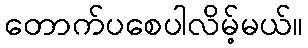
တောက်ပစေပါလိမ့်မယ်။